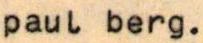
paul berg.